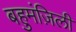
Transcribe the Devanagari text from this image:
बहुमंज़िली